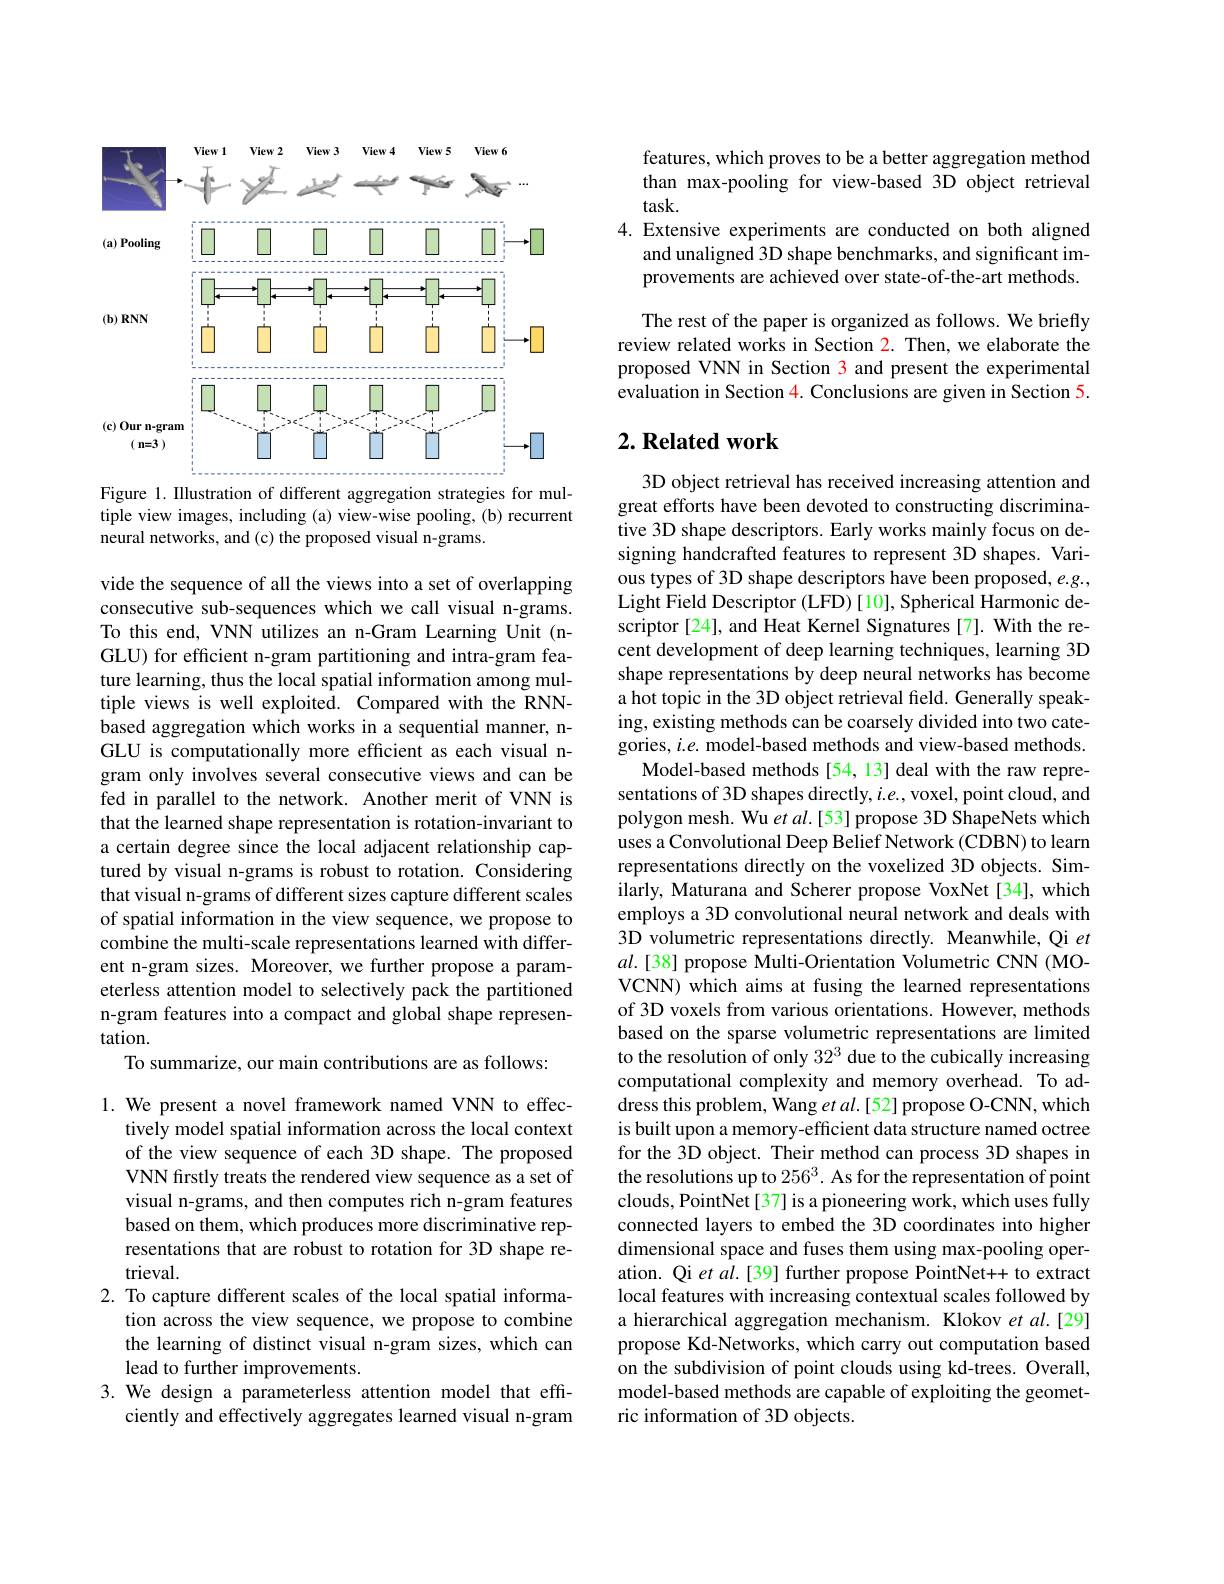
<FigureHere>
Figure 1. Illustration of different aggregation strategies for mul-

tiple view images, including (a) view-wise pooling, (b) recurrent
neural networks, and (c) the proposed visual n-grams.

vide the sequence of all the views into a set of overlapping consecutive sub-sequences which we call visual n-grams. To this end, VNN utilizes an n-Gram Learning Unit (nGLU) for efficient n-gram partitioning and intra-gram feature learning, thus the local spatial information among multiple views is well exploited. Compared with the RNNbased aggregation which works in a sequential manner, nGLU is computationally more efficient as each visual ngram only involves several consecutive views and can be fed in parallel to the network. Another merit of VNN is that the learned shape representation is rotation-invariant to a certain degree since the local adjacent relationship captured by visual n-grams is robust to rotation. Considering that visual n-grams of different sizes capture different scales of spatial information in the view sequence, we propose to combine the multi-scale representations learned with different n-gram sizes. Moreover, we further propose a parameterless attention model to selectively pack the partitioned n-gram features into a compact and global shape representation.
To summarize, our main contributions are as follows:

1. We present a novel framework named VNN to effec-
tively model spatial information across the local context of the view sequence of each 3D shape. The proposed VNN firstly treats the rendered view sequence as a set of visual n-grams, and then computes rich n-gram features based on them, which produces more discriminative representations that are robust to rotation for 3D shape retrieval.
2. To capture different scales of the local spatial informa-
tion across the view sequence, we propose to combine the learning of distinct visual n-gram sizes, which can lead to further improvements.
3. We design a parameterless attention model that eff-
ciently and effectively aggregates learned visual n-gram

features, which proves to be a better aggregation method than max-pooling for view-based 3D object retrieval $task.$
4. Extensive experiments are conducted on both aligned
and unaligned 3D shape benchmarks, and significant improvements are achieved over state-of-the-art methods. The rest of the paper is organized as follows. We briefly
review related works in Section 2. Then, we elaborate the proposed VNN in Section 3 and present the experimental evaluation in Section $\color{red}{4.\text{Conclusions are given in Section 5.}}$

## $2. \textbf{ Related work}$

3D object retrieval has received increasing attention and great efforts have been devoted to constructing discriminative 3D shape descriptors. Early works mainly focus on designing handcrafted features to represent 3D shapes. Various types of 3D shape descriptors have been proposed, $e.g.$, Light Field Descriptor (LFD) [10], Spherical Harmonic descriptor [24], and Heat Kernel Signatures [7]. With the recent development of deep learning techniques, learning 3D shape representations by deep neural networks has become a hot topic in the 3D object retrieval field. Generally speaking, existing methods can be coarsely divided into two categories, $i.e.$ model-based methods and view-based methods.
Model-based methods [54, 13] deal with the raw representations of 3D shapes directly, $i.e.$, voxel, point cloud, and polygon mesh. Wu et al.[53] propose 3D ShapeNets which uses a Convolutional Deep Belief Network (CDBN) to learn representations directly on the voxelized 3D objects. Similarly, Maturana and Scherer propose VoxNet[34], which employs a 3D convolutional neural network and deals with 3D volumetric representations directly. Meanwhile, Qi $et$ $al.[38]$ propose Multi-Orientation Volumetric CNN (MOVCNN) which aims at fusing the learned representations of 3D voxels from various orientations. However, methods based on the sparse volumetric representations are limited to the resolution of only $32^3$ due to the cubically increasing computational complexity and memory overhead. To address this problem, Wang et al.[52] propose O-CNN, which is built upon a memory-efficient data structure named octree for the 3D object. Their method can process 3D shapes in the resolutions up to $256^3.$ As for the representation of point clouds, PointNet[37] is a pioneering work, which uses fully connected layers to embed the 3D coordinates into higher dimensional space and fuses them using max-pooling operation. Qi et al.[39] further propose PointNet+ to extract local features with increasing contextual scales followed by a hierarchical aggregation mechanism. Klokov et al.[29] propose Kd-Networks, which carry out computation based on the subdivision of point clouds using kd-trees. Overall, model-based methods are capable of exploiting the geometric information of 3D objects.